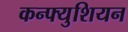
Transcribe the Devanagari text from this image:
कन्फ्युशियन